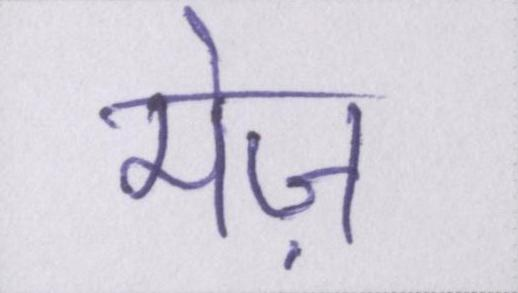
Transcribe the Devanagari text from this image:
मेज़